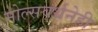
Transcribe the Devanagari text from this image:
मोल्सवर्थनेही